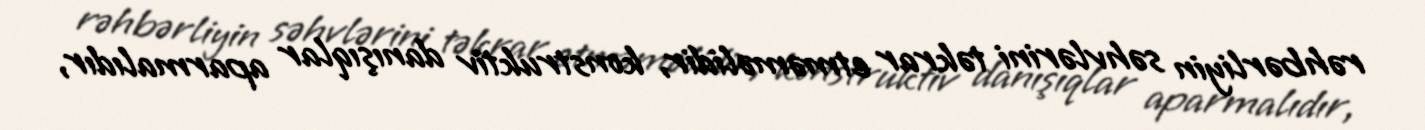
rəhbərliyin səhvlərini təkrar etməməlidir, konstruktiv danışıqlar aparmalıdır,